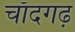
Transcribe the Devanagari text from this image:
चाँदगढ़